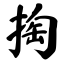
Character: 掏